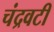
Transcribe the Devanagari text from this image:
चंद्रवटी